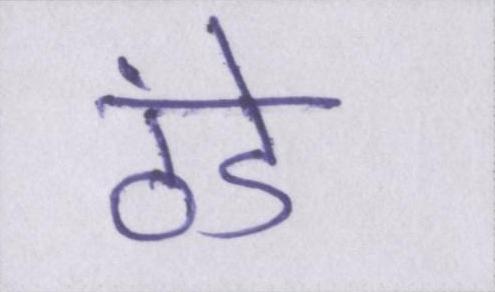
ठंडे